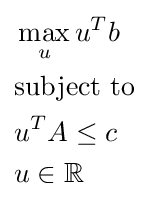
{\begin{aligned}&\max _{u}u^{T}b\\&{\text{subject to}}\\&u^{T}A\leq c\\&u\in \mathbb {R} \end{aligned}}